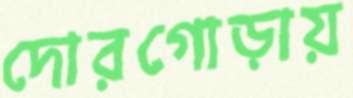
দোরগোড়ায়